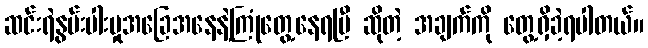
ဆင်းရဲနွမ်းပါးမှုအခြေအနေနဲ့ကြုံတွေ့နေရပြီ ဆိုတဲ့ အချက်ကို တွေ့ရှိခဲ့ရပါတယ်။